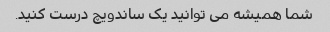
شما همیشه می توانید یک ساندویچ درست کنید.